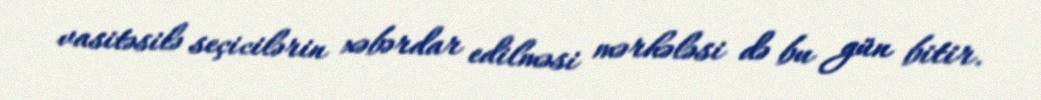
vasitəsilə seçicilərin xəbərdar edilməsi mərhələsi də bu gün bitir.